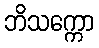
ဘိသက္ကော